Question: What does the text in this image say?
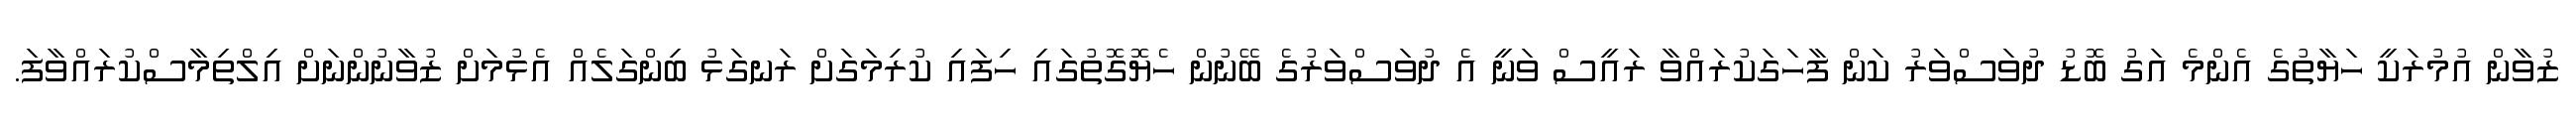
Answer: ޒުވާން އުމުރަކީ ހަޔާތުގެ އެންމެ އަގު ބޮޑު ދުވަސްވަރު ކަން ފާހަގަކުރައްވާ ރައީސް ވަނީ އެ ދުވަސްވަރުގެ ބޭނުން ހެޔޮގޮތުގައި ހިފައި ކުރިމަގަށް ރަނގަޅު ބިންގަލެއް އެޅުމަށް ޒުވާނުންނަށް އިލްތިމާސްކުރައްވާފަ.